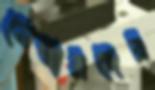
মেম্বারদের